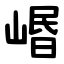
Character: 㟭